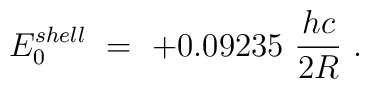
E_0^{shell}\ =\ +0.09235\ \frac{h c}{2R}\ .